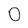
Character: 0